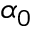
\alpha _ { 0 }